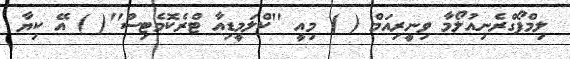
ލިމްފޯގްރެނިއުލޯމާ ވިނީރިއަމް ( ) މިއީ ''ކްލަމީޑިއާ ޓްރެކޮމެޓިސް''( ) އޭ ކިޔާ